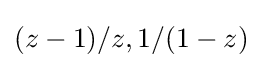
(z-1)/z,1/(1-z)